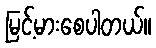
မြင့်မားစေပါတယ်။